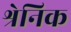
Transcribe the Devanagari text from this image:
श्रेनिक